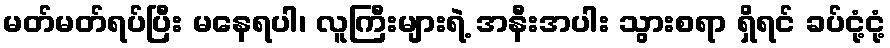
မတ်မတ်ရပ်ပြီး မနေရပါ၊ လူကြီးများရဲ့ အနီးအပါး သွားစရာ ရှိရင် ခပ်ငုံ့ငုံ့